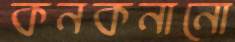
কনকনানো